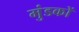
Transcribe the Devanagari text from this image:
मुंडकों